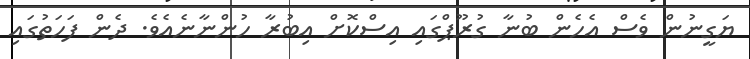
ޔަގީނުން ވެސް އެހެން ބުނާ ގުރޫޕްގައި އިސްކޮށް އިބުރާ ހުންނާނެއެވެ. ދެން ފަހަތުގައި